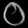
Digit: ၀